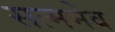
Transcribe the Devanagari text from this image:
सत्ममेव